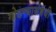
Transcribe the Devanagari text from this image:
गोठण्यासंबंधी